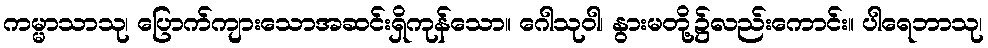
ကမ္မာသာသု၊ ပြောက်ကျားသောအဆင်းရှိကုန်သော။ ဂေါသုဝါ၊ နွားမတို့၌လည်းကောင်း။ ပါရေဘာသု၊